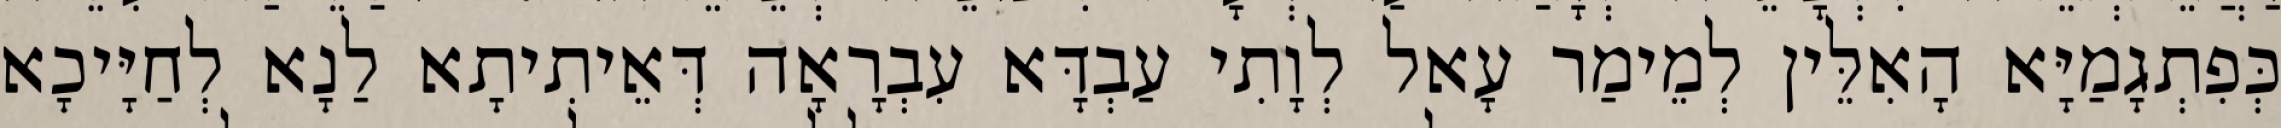
כְּפִתְגָמַיָּא הָאִלֵּין לְמֵימַר עָאל לְוָתִי עַבְדָּא עִבְרָאָה דְּאֵיתִיתָא לַנָא לְחַיָּיכָא